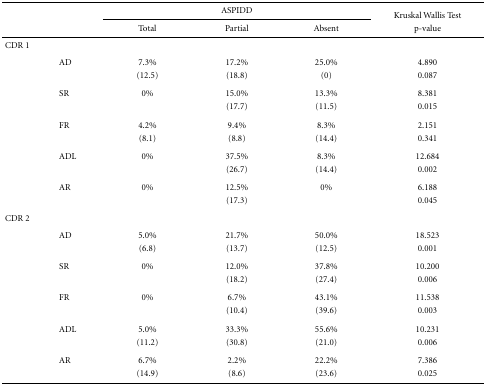
<table><thead><tr><td><b> </b></td><td><b> </b></td><td colspan="3"><b>ASPIDD</b></td><td rowspan="2"><b>Kruskal Wallis Test p-value</b></td></tr><tr><td><b> </b></td><td><b> </b></td><td><b>Total</b></td><td><b>Partial</b></td><td><b>Absent</b></td></tr></thead><tbody><tr><td>CDR 1</td><td> </td><td> </td><td> </td><td> </td><td> </td></tr><tr><td> </td><td>AD</td><td>7.3%</td><td>17.2%</td><td>25.0%</td><td>4.890</td></tr><tr><td> </td><td> </td><td>(12.5)</td><td>(18.8)</td><td>(0)</td><td>0.087</td></tr><tr><td> </td><td>SR</td><td>0%</td><td>15.0%</td><td>13.3%</td><td>8.381</td></tr><tr><td> </td><td> </td><td> </td><td>(17.7)</td><td>(11.5)</td><td>0.015</td></tr><tr><td> </td><td>FR</td><td>4.2%</td><td>9.4%</td><td>8.3%</td><td>2.151</td></tr><tr><td> </td><td> </td><td>(8.1)</td><td>(8.8)</td><td>(14.4)</td><td>0.341</td></tr><tr><td> </td><td>ADL</td><td>0%</td><td>37.5%</td><td>8.3%</td><td>12.684</td></tr><tr><td> </td><td> </td><td> </td><td>(26.7)</td><td>(14.4)</td><td>0.002</td></tr><tr><td> </td><td>AR</td><td>0%</td><td>12.5%</td><td>0%</td><td>6.188</td></tr><tr><td> </td><td> </td><td> </td><td>(17.3)</td><td> </td><td>0.045</td></tr><tr><td>CDR 2</td><td> </td><td> </td><td> </td><td> </td><td> </td></tr><tr><td> </td><td>AD</td><td>5.0%</td><td>21.7%</td><td>50.0%</td><td>18.523</td></tr><tr><td> </td><td> </td><td>(6.8)</td><td>(13.7)</td><td>(12.5)</td><td>0.001</td></tr><tr><td> </td><td>SR</td><td>0%</td><td>12.0%</td><td>37.8%</td><td>10.200</td></tr><tr><td> </td><td> </td><td> </td><td>(18.2)</td><td>(27.4)</td><td>0.006</td></tr><tr><td> </td><td>FR</td><td>0%</td><td>6.7%</td><td>43.1%</td><td>11.538</td></tr><tr><td> </td><td> </td><td> </td><td>(10.4)</td><td>(39.6)</td><td>0.003</td></tr><tr><td> </td><td>ADL</td><td>5.0%</td><td>33.3%</td><td>55.6%</td><td>10.231</td></tr><tr><td> </td><td> </td><td>(11.2)</td><td>(30.8)</td><td>(21.0)</td><td>0.006</td></tr><tr><td> </td><td>AR</td><td>6.7%</td><td>2.2%</td><td>22.2%</td><td>7.386</td></tr><tr><td> </td><td> </td><td>(14.9)</td><td>(8.6)</td><td>(23.6)</td><td>0.025</td></tr></tbody></table>